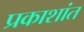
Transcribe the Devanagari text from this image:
प्रकाशांत